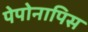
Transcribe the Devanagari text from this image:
पेपोनापिस